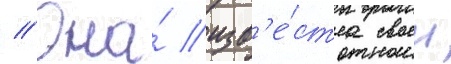
// Она́ изв'е́стна своеи